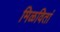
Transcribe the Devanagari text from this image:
मिळवितां